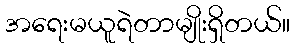
အရေးမယူရဲတာမျိုးရှိတယ်။